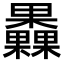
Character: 𣡗